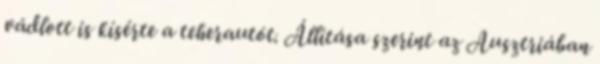
vádlott is kísérte a teherautót. Állítása szerint az Ausztriában